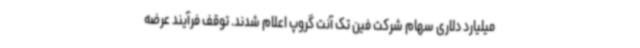
میلیارد دلاری سهام شرکت فین تک آنت گروپ اعلام شدند. توقف فرآیند عرضه